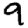
Digit: 9